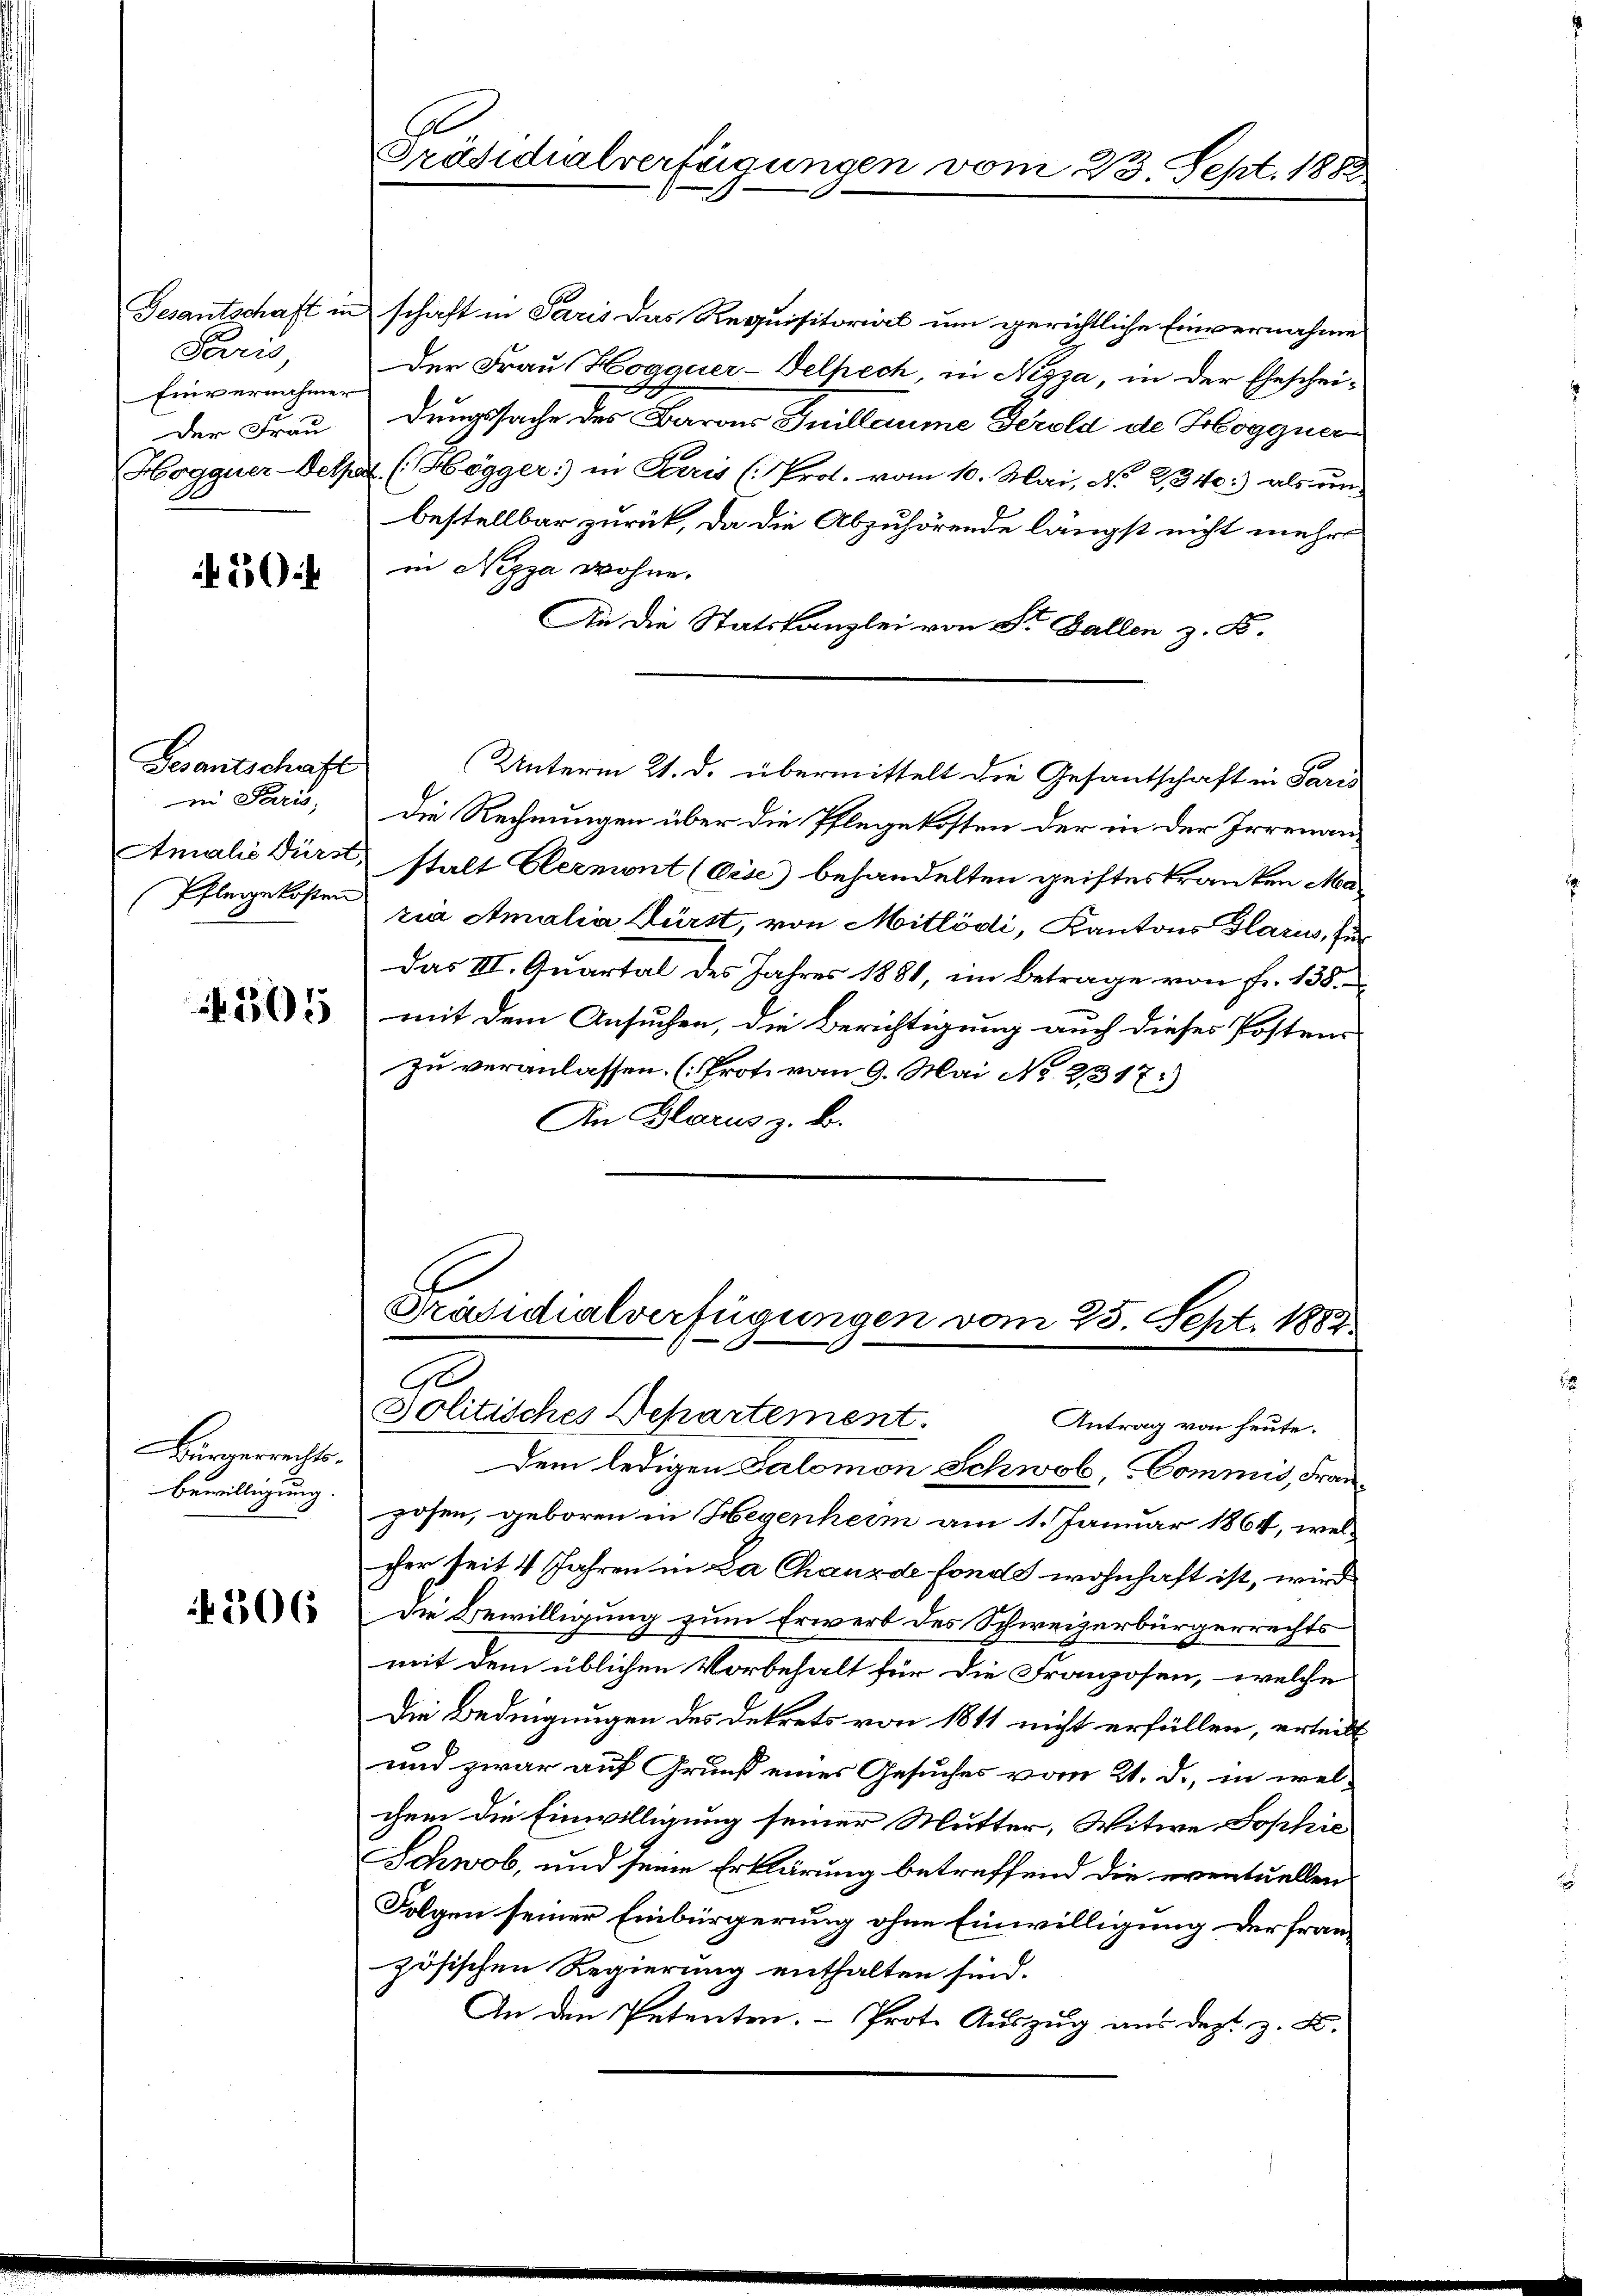
Paris,
Einvernahmen
Der Frau

50

Gesantschaft
in Paris,

505

Bürgerrechts-
Bewilligung.

206

Ge
Präsidialverfügungen vom 23. Sept. 1882

Gesantschaft in schaft in Paris das Requisitorial um gerichtliche Einvernahme
Der Frau Hogguer-Selhech, in Nizza, in der Ehescheidungssache des Baron Juillaume Gerold de Hogguer
Hogguer-Selpa (Högger: in Paris (Prot. vom 10. Mai, No 1340: als un-
bestellbar zurück, da die Abzuhörende längst nicht mehr
in Nizza wohne.
An die Statskanzlei von St. Gallen z. B.
Die Rechnungen über die Pflegekosten der in der Irrenan¬
Amalis Dürst, stalt Clermont (Cise) behandelten geisteskranken Ma¬
Pflegekosten zier Amalia Kürst, von Mitlödi, Kantons Glarus, für
Das III. Quartal des Jahres 1881, im Betrage von Fr. 138.
mit dem Ansuchen, die Berichtigung auch dieses Postens
zu veranlassen. (Prote vom 9. Mai No. 2317.)
An Glarus z. B.
Präsidialverfügungen vom 25. Sept. 1882
A
Jolitisches Departement.
Antrag von heute.
Dem ledigen Salomon Schwab, Commis, Franposen, geboren in Hegenheim am 1. Januar 1864, wel
cher seit 4 Jahren in La Chaux de fonds wohnhaft ist, wird
Die Bewilligung zum Erwerb des Schweizerbürgerrechts
mit dem üblichen Vorbehalt für die Franzosen, welche
Die Bedingungen des Dekrets von 1811 nicht erfüllen, erteilt
und zwar auf Grund eines Gesuches vom 21. d., in welchem die Einwilligung seiner Mutter, Witwe Jophie
Schwob, und seine Erklärung betreffend die eventuellen
Folgen seiner Einbürgerung ohne Einwilligung der französischen Regierung enthalten sind.
An den Petenten. Prote Auszug aus dest z. B.

Unterm 21. d. übermittelt die Gesantschaft in Paris